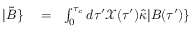
\begin{array} { r l r } { | \tilde { B } \} } & { { } = } & { \int _ { 0 } ^ { \tau _ { c } } d \tau ^ { \prime } \mathcal { X } ( \tau ^ { \prime } ) \hat { \kappa } | B ( \tau ^ { \prime } ) \} } \end{array}